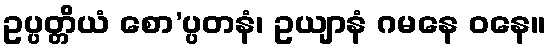
ဥပ္ပတ္တိယံ စော’ပ္ပတနံ၊ ဥယျာနံ ဂမနေ ဝနေ။